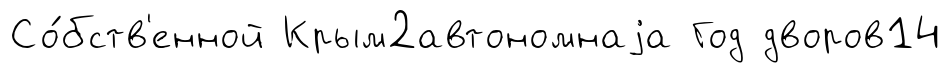
Со́бств'енной Крым2автономнаjа Год дворов14